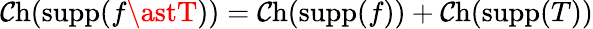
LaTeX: \operatorname{\mathcal{C}h}(\operatorname{supp}(f\astT))=\operatorname{\mathcal{C}h}(\operatorname{supp}(f))+\operatorname{\mathcal{C}h}(\operatorname{supp}(T))